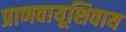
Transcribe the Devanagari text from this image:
प्राणवायूशिवाय